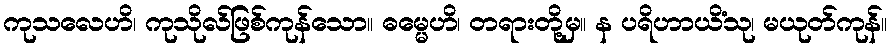
ကုသလေဟိ၊ ကုသိုလ်ဖြစ်ကုန်သော။ ဓမ္မေဟိ၊ တရားတို့မှ။ န ပရိဟာယိံသု၊ မယုတ်ကုန်။